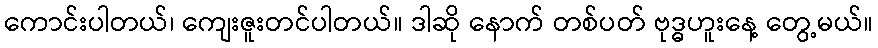
ကောင်းပါတယ်၊ ကျေးဇူးတင်ပါတယ်။ ဒါဆို နောက် တစ်ပတ် ဗုဒ္ဓဟူးနေ့ တွေ့မယ်။